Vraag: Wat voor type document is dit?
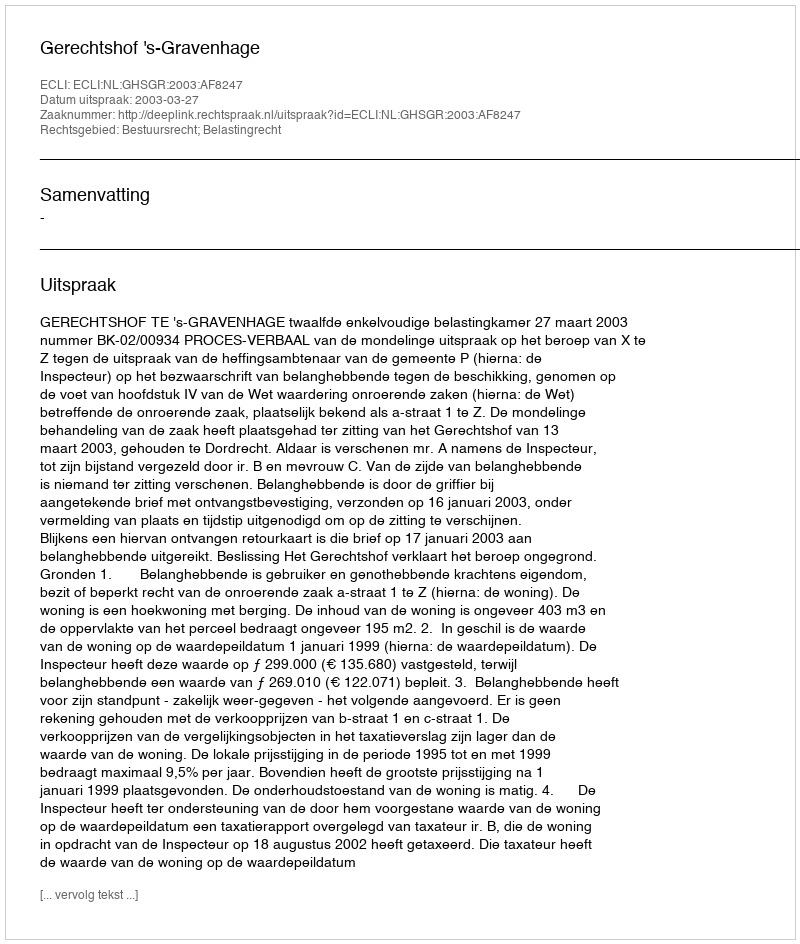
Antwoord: Uitspraak